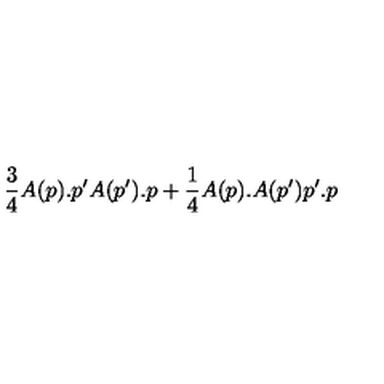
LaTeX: \frac { 3 } { 4 } A ( p ) . p ^ { \prime } A ( p ^ { \prime } ) . p + \frac { 1 } { 4 } A ( p ) . A ( p ^ { \prime } ) p ^ { \prime } . p